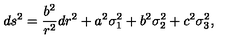
d s ^ { 2 } = { \frac { b ^ { 2 } } { r ^ { 2 } } } d r ^ { 2 } + a ^ { 2 } \sigma _ { 1 } ^ { 2 } + b ^ { 2 } \sigma _ { 2 } ^ { 2 } + c ^ { 2 } \sigma _ { 3 } ^ { 2 } ,